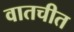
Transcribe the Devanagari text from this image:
वातचीत